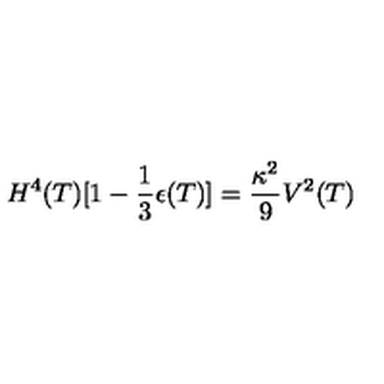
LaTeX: H ^ { 4 } ( T ) [ 1 - \frac { 1 } { 3 } \epsilon ( T ) ] = \frac { \kappa ^ { 2 } } { 9 } V ^ { 2 } ( T )